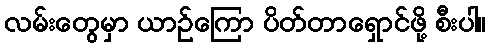
လမ်းတွေမှာ ယာဉ်ကြော ပိတ်တာရှောင်ဖို့ စီးပါ။